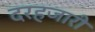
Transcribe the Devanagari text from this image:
दरहजारी